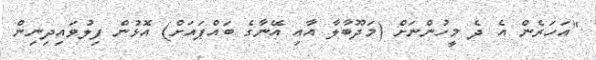
"އަހަރެން އެ ދެ މީހުންނަށް (މަދޫބާލާ އާއި އޭނާގެ ބައްޕައަށް) އޮޅުން ފިލުވައިދިނިން